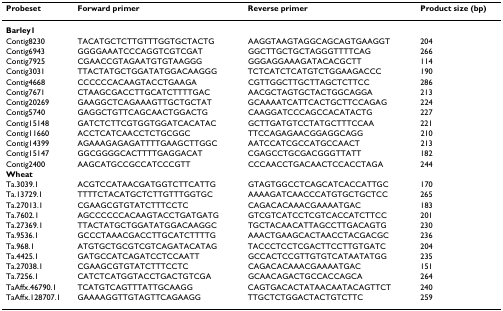
<table><thead><tr><td><b>Probeset</b></td><td><b>Forward primer</b></td><td><b>Reverse primer</b></td><td><b>Product size (bp)</b></td></tr></thead><tbody><tr><td><b>Barley1</b></td><td></td><td></td><td></td></tr><tr><td>Contig8230</td><td>TACATGCTCTTGTTTGGTGCTACTG</td><td>AAGGTAAGTAGGCAGCAGTGAAGGT</td><td>204</td></tr><tr><td>Contig6943</td><td>GGGGAAATCCCAGGTCGTCGAT</td><td>GGCTTGCTGCTAGGGTTTTCAG</td><td>266</td></tr><tr><td>Contig7925</td><td>CGAACCGTAGAATGTGTAAGGG</td><td>GGGAGGAAAGATACACGCTT</td><td>114</td></tr><tr><td>Contig3031</td><td>TTACTATGCTGGATATGGACAAGGG</td><td>TCTCATCTCATGTCTGGAAGACCC</td><td>190</td></tr><tr><td>Contig4668</td><td>CCCCCCACAAGTACCTGAAGA</td><td>CGTTGGCTTGCTTAGCTCTTCC</td><td>286</td></tr><tr><td>Contig7671</td><td>CTAAGCGACCTTGCATCTTTTGAC</td><td>AACGCTAGTGCTACTGGCAGGA</td><td>213</td></tr><tr><td>Contig20269</td><td>GAAGGCTCAGAAAGTTGCTGCTAT</td><td>GCAAAATCATTCACTGCTTCCAGAG</td><td>224</td></tr><tr><td>Contig5740</td><td>GAGGCTGTTCAGCAACTGGACTG</td><td>CAAGGATCCCAGCCACATACTG</td><td>227</td></tr><tr><td>Contig15148</td><td>GATCTCTTCGTGGTGGATCACATAC</td><td>GCTTGATGTCCTATGCTTTCCAA</td><td>221</td></tr><tr><td>Contig11660</td><td>ACCTCATCAACCTCTGCGGC</td><td>TTCCAGAGAACGGAGGCAGG</td><td>210</td></tr><tr><td>Contig14399</td><td>AGAAAGAGAGATTTTGAAGCTTGGC</td><td>AATCCATCGCCATGCCAACT</td><td>213</td></tr><tr><td>Contig15147</td><td>GGCGGGGCACTTTTGAGGACAT</td><td>CGAGCCTGCGACGGGTTATT</td><td>182</td></tr><tr><td>Contig2400</td><td>AAGCATGCCGCCATCCCGTT</td><td>CCCAACCTGACAACTCCACCTAGA</td><td>244</td></tr><tr><td><b>Wheat</b></td><td></td><td></td><td></td></tr><tr><td>Ta.3039.1</td><td>ACGTCCATAACGATGGTCTTCATTG</td><td>GTAGTGGCCTCAGCATCACCATTGC</td><td>170</td></tr><tr><td>Ta.13729.1</td><td>TTTTCTACATGCTCTTGTTTGGTGC</td><td>AAAAGATCAACCCATGTGCTGCTCC</td><td>265</td></tr><tr><td>Ta.27013.1</td><td>CGAAGCGTGTATCTTTCCTC</td><td>CAGACACAAACGAAAATGAC</td><td>183</td></tr><tr><td>Ta.7602.1</td><td>AGCCCCCCACAAGTACCTGATGATG</td><td>GTCGTCATCCTCGTCACCATCTTCC</td><td>201</td></tr><tr><td>Ta.27369.1</td><td>TTACTATGCTGGATATGGACAAGGC</td><td>TGCTACAACATTAGCCTTGACAGTG</td><td>230</td></tr><tr><td>Ta.9536.1</td><td>GCCCTAAACGACCTTGCATCTTTTG</td><td>AAACTGAAGCACTAACCTACGACGC</td><td>236</td></tr><tr><td>Ta.968.1</td><td>ATGTGCTGCGTCGTCAGATACATAG</td><td>TACCCTCCTCGACTTCCTTGTGATC</td><td>204</td></tr><tr><td>Ta.4425.1</td><td>GATGCCATCAGATCCTCCAATT</td><td>GCCACTCCGTTGTGTCATAATATGG</td><td>235</td></tr><tr><td>Ta.27038.1</td><td>CGAAGCGTGTATCTTTCCTC</td><td>CAGACACAAACGAAAATGAC</td><td>151</td></tr><tr><td>Ta.7256.1</td><td>CATCTCATGGTACCTGACTGTCGA</td><td>GCAACAGACTGCCACCAGCA</td><td>264</td></tr><tr><td>TaAffx.46790.1</td><td>TCATGTCAGTTTATTGCAAGG</td><td>CAGTGACACTATAACAATACAGTTCT</td><td>240</td></tr><tr><td>TaAffx.128707.1</td><td>GAAAAGGTTGTAGTTCAGAAGG</td><td>TTGCTCTGGACTACTGTCTTC</td><td>259</td></tr></tbody></table>